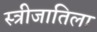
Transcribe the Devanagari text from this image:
स्त्रीजातिला